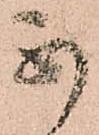
不